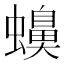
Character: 𧓝